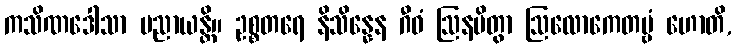
ကသိဏဒေါသာ ပညာယန္တိ။ ဥစ္စတရေ နိသိန္နေန ဂီဝံ ဩနမိတွာ ဩလောကေတဗ္ဗံ ဟောတိ,